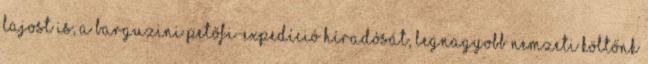
Lajost is, a barguzini Petőfi-expedíció híradósát, legnagyobb nem­zeti költőnk